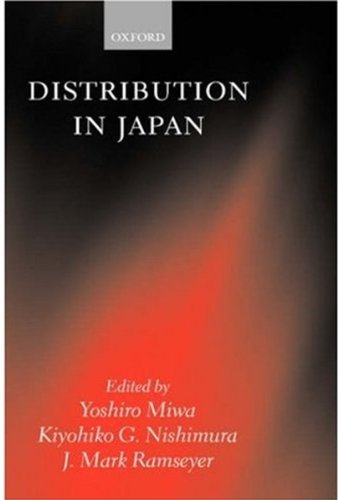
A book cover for Distribution in Japan; Business & Money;